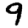
Digit: 9